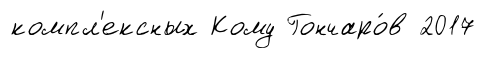
компл'ексных Кому Гончаро́в 2017